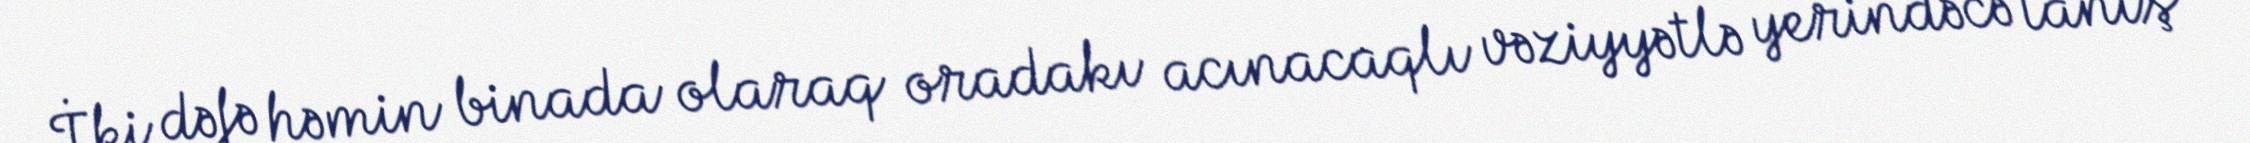
İki dəfə həmin binada olaraq oradakı acınacaqlı vəziyyətlə yerindəcə tanış